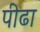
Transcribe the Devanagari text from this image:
पीढा